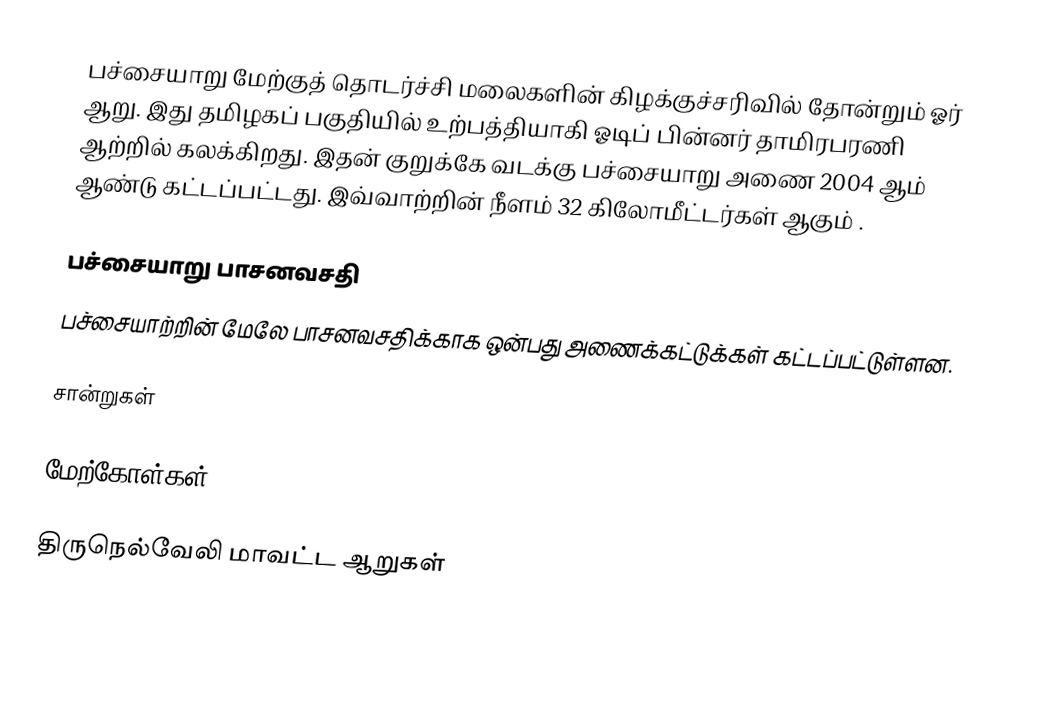
பச்சையாறு மேற்குத் தொடர்ச்சி மலைகளின் கிழக்குச்சரிவில் தோன்றும் ஓர் ஆறு. இது தமிழகப் பகுதியில் உற்பத்தியாகி ஓடிப் பின்னர் தாமிரபரணி ஆற்றில் கலக்கிறது. இதன் குறுக்கே வடக்கு பச்சையாறு அணை 2004 ஆம் ஆண்டு கட்டப்பட்டது. இவ்வாற்றின் நீளம் 32 கிலோமீட்டர்கள் ஆகும் .

பச்சையாறு பாசனவசதி
பச்சையாற்றின் மேலே பாசனவசதிக்காக ஒன்பது அணைக்கட்டுக்கள் கட்டப்பட்டுள்ளன.

சான்றுகள்

மேற்கோள்கள்

திருநெல்வேலி மாவட்ட ஆறுகள்